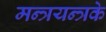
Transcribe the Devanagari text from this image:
मन्त्रयन्त्रके